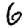
Digit: 6